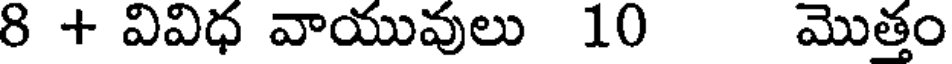
8 + వివిధ వాయువులు 10 మొత్తం